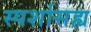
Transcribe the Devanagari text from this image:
स्पर्शासह्य